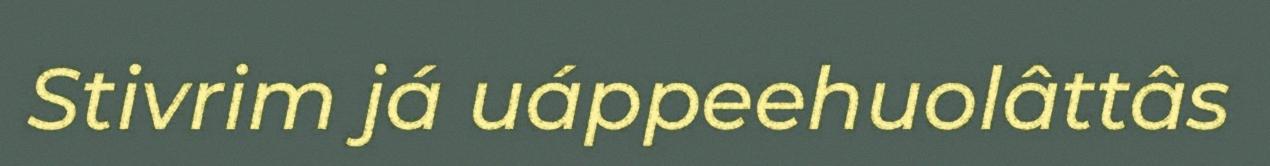
Stivrim já uáppeehuolâttâs